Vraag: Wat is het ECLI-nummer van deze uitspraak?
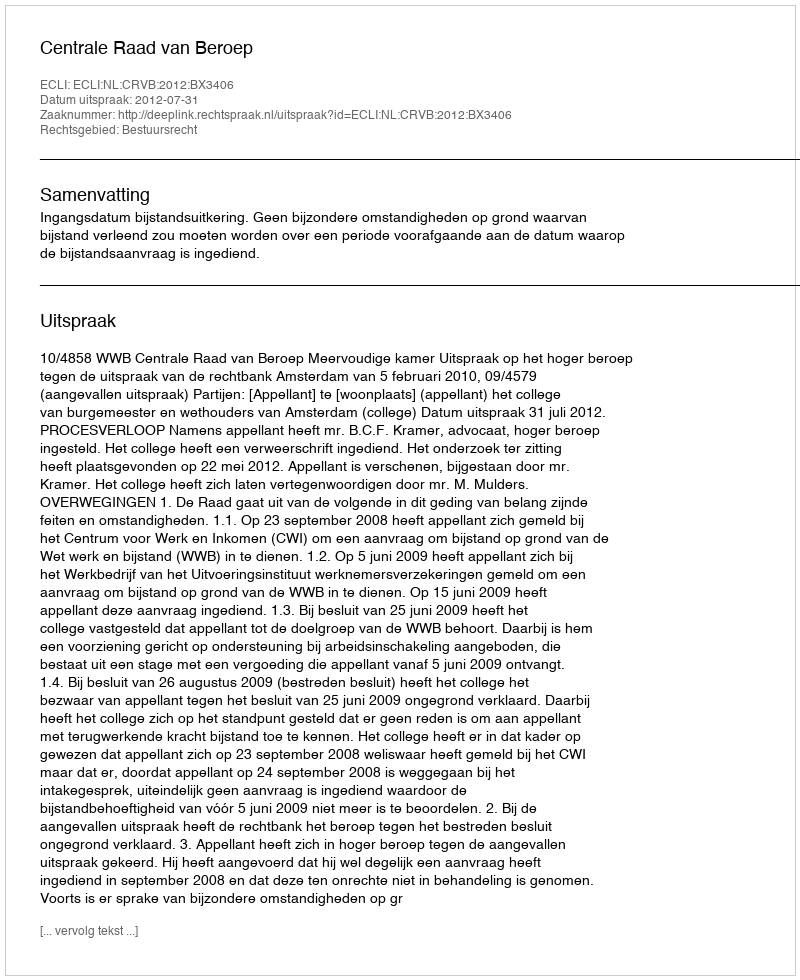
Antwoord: ECLI:NL:CRVB:2012:BX3406